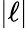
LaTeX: |\ell|